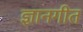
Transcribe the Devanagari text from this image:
ज्ञानगीत